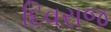
દિવરાજ